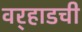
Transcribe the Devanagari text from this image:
वर्‍हाडची